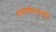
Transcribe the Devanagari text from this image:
तपासणीमधूनही